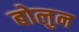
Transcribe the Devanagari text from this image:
बोलुन